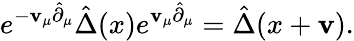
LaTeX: e^{-\mathbf{v}_{\mu}\hat{{\partial}}_{\mu}}\hat{{\Delta}}(x)e^{\mathbf{v}_{\mu}\hat{{\partial}}_{\mu}}=\hat{{\Delta}}(x+\mathbf{v}).